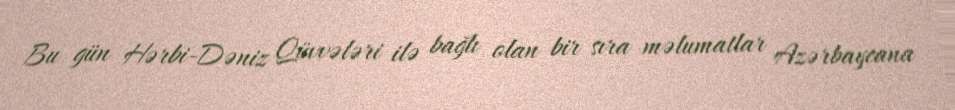
Bu gün Hərbi-Dəniz Qüvvələri ilə bağlı olan bir sıra məlumatlar Azərbaycana